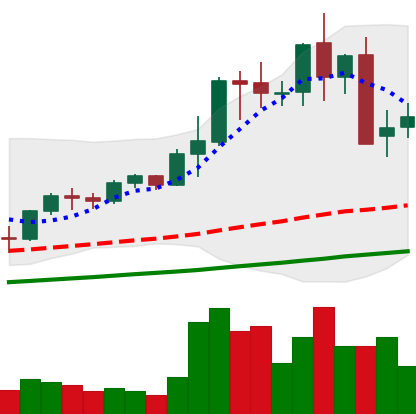
Ticker: LTC-USD
Chart end date: 2021-05-14
Forward return: -41.907%
Label: down_7plus